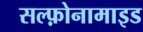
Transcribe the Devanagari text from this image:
सल्फ़ोनामाइड